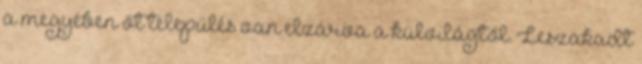
a megyében öt település van elzárva a külvilágtól. Leszakadt